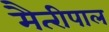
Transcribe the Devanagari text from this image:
मैत्‍रीपाल